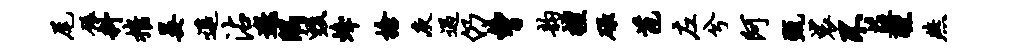
尾碾料摧晏遥沾邀隅毁蜂舍庾遇仍曹韵擅碌苞左兮阿甄裟不益醺燕